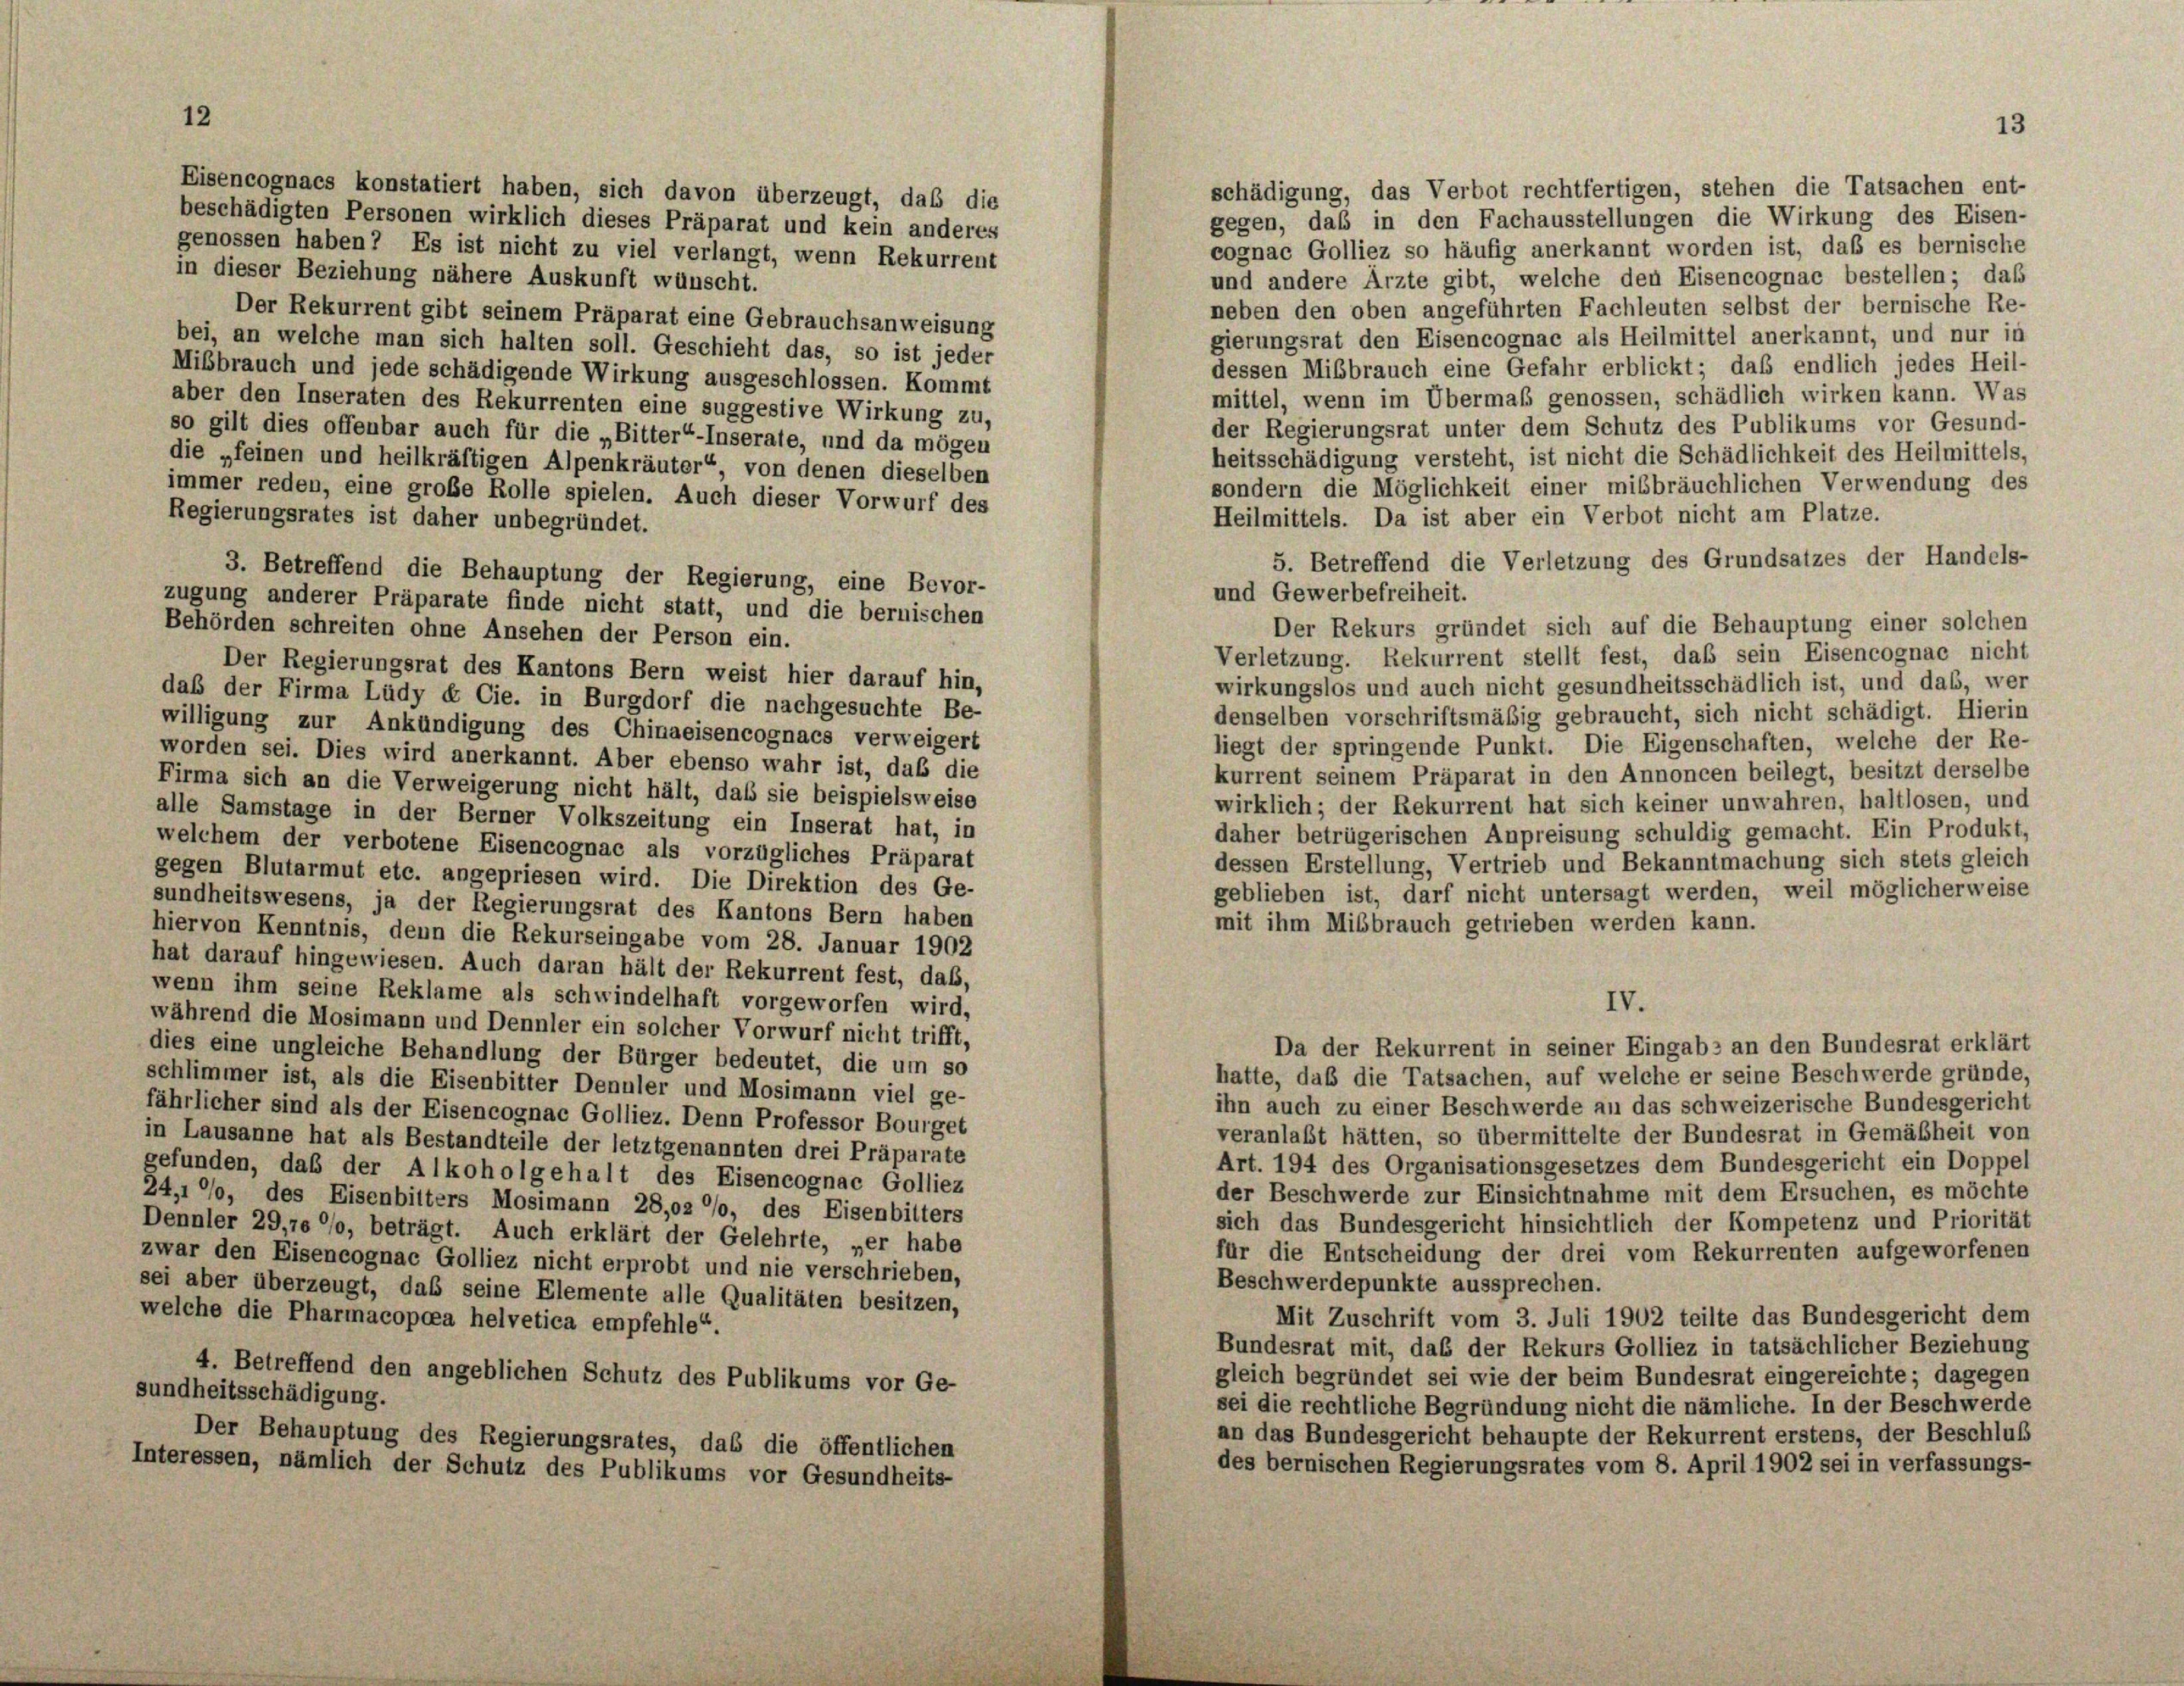
Eisencognaes konstatiert haben, sich davon überzeugt, daß die
beschädigten Personen wirklich dieses Präparat und kein anderes
cognac Golliez so häufig anerkannt worden ist, daß es bernische
genossen haben? Es ist nicht zu viel verlangt, wenn Rekurrent
in dieser Beziehung nähere Auskunft wünscht.
und andere Ärzte gibt, welche den Eisencognac bestellen; daß
neben den oben angeführten Fachleuten selbst der bernische Re-
Der Rekurrent gibt seinem Präparat eine Gebrauchsanweisung
gierungsrat den Eisencognac als Heilmittel anerkannt, und nur in
bei, an welche man sich halten soll. Geschieht das, so ist jeder
dessen Mißbrauch eine Gefahr erblickt; daß endlich jedes Heil-
Mißbrauch und jede schädigende Wirkung ausgeschlossen. Kommt
mittel, wenn im Übermaß genossen, schädlich wirken kann. Was
aber den Inseraten des Rekurrenten eine suggestive Wirkung zu,
der Regierungsrat unter dem Schutz des Publikums vor Gesund-
so gilt dies offenbar auch für die „Bitter“-Inserate, und da mögen
heitsschädigung versteht, ist nicht die Schädlichkeit des Heilmittels,
die „feinen und heilkräftigen Alpenkräuter“, von denen dieselben
sondern die Möglichkeit einer mißbräuchlichen Verwendung des
immer reden, eine große Rolle spielen. Auch dieser Vorwurf des
Heilmittels. Da ist aber ein Verbot nicht am Platze.
Regierungsrates ist daher unbegründet.
5. Betreffend die Verletzung des Grundsatzes der Handels-
3. Betreffend die Behauptung der Regierung, eine Bevor-
und Gewerbefreiheit.
zugung anderer Präparate finde nicht statt, und die bernischen
Der Rekurs gründet sich auf die Behauptung einer solchen
Behörden schreiten ohne Ansehen der Person ein.
Verletzung. Rekurrent stellt fest, daß sein Eisencognac nicht
Der Regierungsrat des Kantons Bern weist hier darauf hin,
wirkungslos und auch nicht gesundheitsschädlich ist, und das, wer
daß der Firma Lüdy & Cie. in Burgdorf die nachgesuchte Be-
denselben vorschriftsmäßig gebraucht, sich nicht schädigt. Hierin
willigung zur Ankündigung des Chinaeisencognacs verweigert
liegt der springende Punkt. Die Eigenschaften, welche der Re-
worden sei. Dies wird anerkannt. Aber ebenso wahr ist, daß die
kurrent seinem Präparat in den Annoncen beilegt, besitzt derselbe
Firma sich an die Verweigerung nicht hält, daß sie beispielsweise
wirklich; der Rekurrent hat sich keiner unwahren, haltlosen, und
alle Samstage in der Berner Volkszeitung ein Inserat hat, in
daher betrügerischen Anpreisung schuldig gemacht. Ein Produkt,
welchem der verbotene Eisencognac als vorzügliches Präparat
dessen Erstellung, Vertrieb und Bekanntmachung sich stets gleich
gegen Blutarmut etc. angepriesen wird. Die Direktion des Ge-
geblieben ist, darf nicht untersagt werden, weil möglicherweise
sundheitswesens, ja der Regierungsrat des Kantons Bern haben
mit ihm Mißbrauch getrieben werden kann.
hiervon Kenntnis, denn die Rekurseingabe vom 28. Januar 1902
hat darauf hingewiesen. Auch daran hält der Rekurrent fest, das,
wenn ihm seine Reklame als schwindelhaft vorgeworfen wird,
IV.
während die Mosimann und Dennler ein solcher Vorwurf nicht trifft,
Da der Rekurrent in seiner Eingabs an den Bundesrat erklärt
dies eine ungleiche Behandlung der Bürger bedeutet, die um so
hatte, daß die Tatsachen, auf welche er seine Beschwerde gründe,
schlimmer ist, als die Eisenbitter Denuler und Mosimann viel ge-
ihn auch zu einer Beschwerde an das schweizerische Bundesgericht
fährlicher sind als der Eisencognac Golliez. Denn Professor Bourget
veranlaßt hätten, so übermittelte der Bundesrat in Gemäßheit von
in Lausanne hat als Bestandteile der letztgenannten drei Präparate
Art. 194 des Organisationsgesetzes dem Bundesgericht ein Doppel
gefunden, daß der Alkoholgehalt des Eisencognac Golliez
der Beschwerde zur Einsichtnahme mit dem Ersuchen, es möchte
24,1 %, des Eisenbitters Mosimann 28,02 %, des Eisenbitters
sich das Bundesgericht hinsichtlich der Kompetenz und Priorität
Dennler 29,700, beträgt. Auch erklärt der Gelehrte, per habe
für die Entscheidung der drei vom Rekurrenten aufgeworfenen
zwar den Eisencognac Golliez nicht erprobt und nie verschrieben,
Beschwerdepunkte aussprechen.
sei aber überzeugt, daß seine Elemente alle Qualitäten besitzen,
welche die Pharmacopoea helvetica empfehle“.
Mit Zuschrift vom 3. Juli 1902 teilte das Bundesgericht dem
Bundesrat mit, das der Rekurs Golliez in tatsächlicher Beziehung
4. Betreffend den angeblichen Schutz des Publikums vor Ge-
gleich begründet sei wie der beim Bundesrat eingereichte; dagegen
sundheitsschädigung.
sei die rechtliche Begründung nicht die nämliche. In der Beschwerde
an das Bundesgericht behaupte der Rekurrent erstens, der Beschluß
Der Behauptung des Regierungsrates, das die öffentlichen
des bernischen Regierungsrates vom 8. April 1902 sei in verfassungs-
Interessen, nämlich der Schutz des Publikums vor Gesundheits-

schädigung, das Verbot rechtfertigen, stehen die Tatsachen ent-
gegen, das in den Fachausstellungen die Wirkung des Eisen-